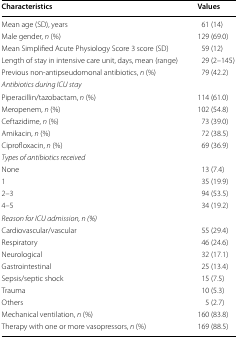
<table><thead><tr><td><b>Characteristics</b></td><td><b>Values</b></td></tr></thead><tbody><tr><td>Mean age (SD), years</td><td>61 (14)</td></tr><tr><td>Male gender, <i>n</i> (%)</td><td>129 (69.0)</td></tr><tr><td>Mean Simplified Acute Physiology Score 3 score (SD)</td><td>59 (12)</td></tr><tr><td>Length of stay in intensive care unit, days, mean (range)</td><td>29 (2–145)</td></tr><tr><td>Previous non-antipseudomonal antibiotics, <i>n</i> (%)</td><td>79 (42.2)</td></tr><tr><td colspan="2"><i>Antibiotics during ICU stay</i></td></tr><tr><td>Piperacillin/tazobactam, <i>n</i> (%)</td><td>114 (61.0)</td></tr><tr><td>Meropenem, <i>n</i> (%)</td><td>102 (54.8)</td></tr><tr><td>Ceftazidime, <i>n</i> (%)</td><td>73 (39.0)</td></tr><tr><td>Amikacin, <i>n</i> (%)</td><td>72 (38.5)</td></tr><tr><td>Ciprofloxacin, <i>n</i> (%)</td><td>69 (36.9)</td></tr><tr><td colspan="2"><i>Types of antibiotics received</i></td></tr><tr><td>None</td><td>13 (7.4)</td></tr><tr><td>1</td><td>35 (19.9)</td></tr><tr><td>2–3</td><td>94 (53.5)</td></tr><tr><td>4–5</td><td>34 (19.2)</td></tr><tr><td colspan="2"><i>Reason for ICU admission, n (%)</i></td></tr><tr><td>Cardiovascular/vascular</td><td>55 (29.4)</td></tr><tr><td>Respiratory</td><td>46 (24.6)</td></tr><tr><td>Neurological</td><td>32 (17.1)</td></tr><tr><td>Gastrointestinal</td><td>25 (13.4)</td></tr><tr><td>Sepsis/septic shock</td><td>15 (7.5)</td></tr><tr><td>Trauma</td><td>10 (5.3)</td></tr><tr><td>Others</td><td>5 (2.7)</td></tr><tr><td>Mechanical ventilation, <i>n</i> (%)</td><td>160 (83.8)</td></tr><tr><td>Therapy with one or more vasopressors, <i>n</i> (%)</td><td>169 (88.5)</td></tr></tbody></table>